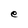
Character: e